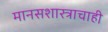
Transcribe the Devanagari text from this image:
मानसशास्त्राचाही